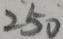
2 5 0